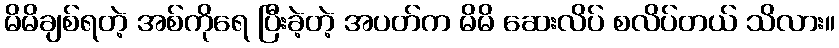
မိမိချစ်ရတဲ့ အစ်ကိုရေ ပြီးခဲ့တဲ့ အပတ်က မိမိ ဆေးလိပ် စလိပ်တယ် သိလား။